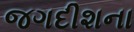
જગદીશના